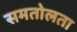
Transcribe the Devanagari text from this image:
समतोलता